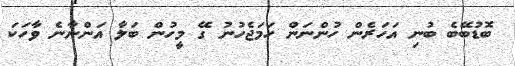
ބޮޑުބޭބެ ބުނި އަހަރެން ހުންނަން ހަމަޖެހުނު ގޭ މީހުން ބަލާ އަންނާނެ ވާހަކަ